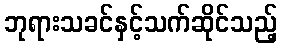
ဘုရားသခင်နှင့်သက်ဆိုင်သည့်